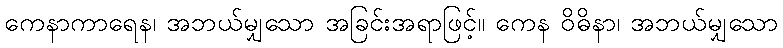
ကေနာကာရေန၊ အဘယ်မျှသော အခြင်းအရာဖြင့်။ ကေန ဝိဓိနာ၊ အဘယ်မျှသော